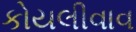
કોયલીવાવ